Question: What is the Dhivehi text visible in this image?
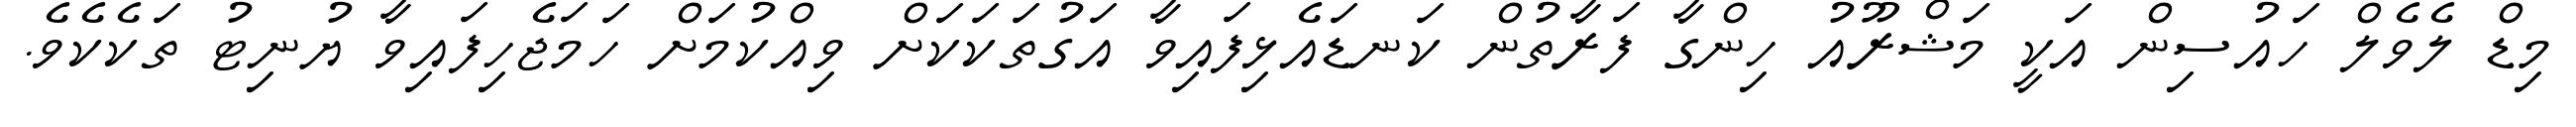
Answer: މިޑް ލެވެލް ހައުސިން އަކީ މަޝްރޫއު ހިންގާ ފަރާތުން ކަނޑައެޅިފައިވާ އަގުތަކަކަށް ވިއްކުމަށް ހަމަޖެހިފައިވާ ޔުނިޓު ތަކެކެވެ.